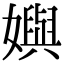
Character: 嬩